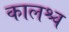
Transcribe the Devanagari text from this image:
कालश्च